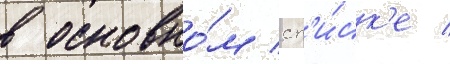
в основно́м сп'и́ск'е /